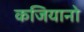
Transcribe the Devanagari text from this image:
कजियानो